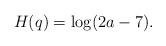
LaTeX: \begin{align*}H(q)=\log (2a-7).\end{align*}